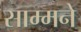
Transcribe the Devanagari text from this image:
साम्मने